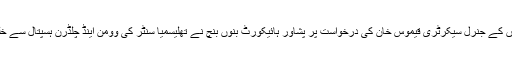
ایڈوکیٹ ہائیکورٹ عرفان پیرزادہ نے بتایا ہے کہ نیشنل یوتھ آرگنائزیشن بنوں کے جنرل سیکرٹری قیموس خان کی درخواست پر پشاور ہائیکورٹ بنوں بنچ نے تھلیسمیا سنٹر کی وومن اینڈ چلڈرن ہسپتال سے خلیفہ گلنواز میڈیکل کمپلیکس منتقل کئے جانے پر حکم امتناع جاری کی تھی ۔